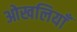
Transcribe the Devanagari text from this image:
ओखलियाँ